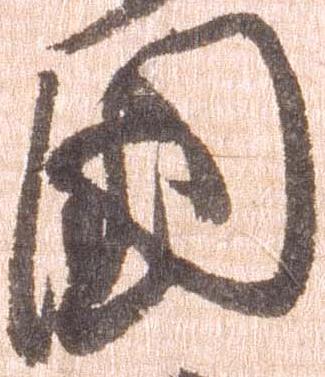
国